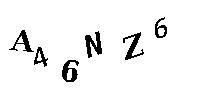
146NZ6